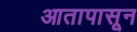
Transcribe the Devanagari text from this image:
आतापासून